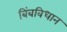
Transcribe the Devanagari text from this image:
बिंबविधान